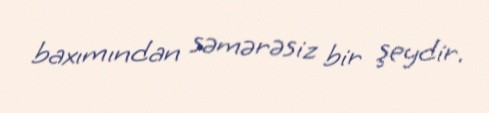
baxımından səmərəsiz bir şeydir.